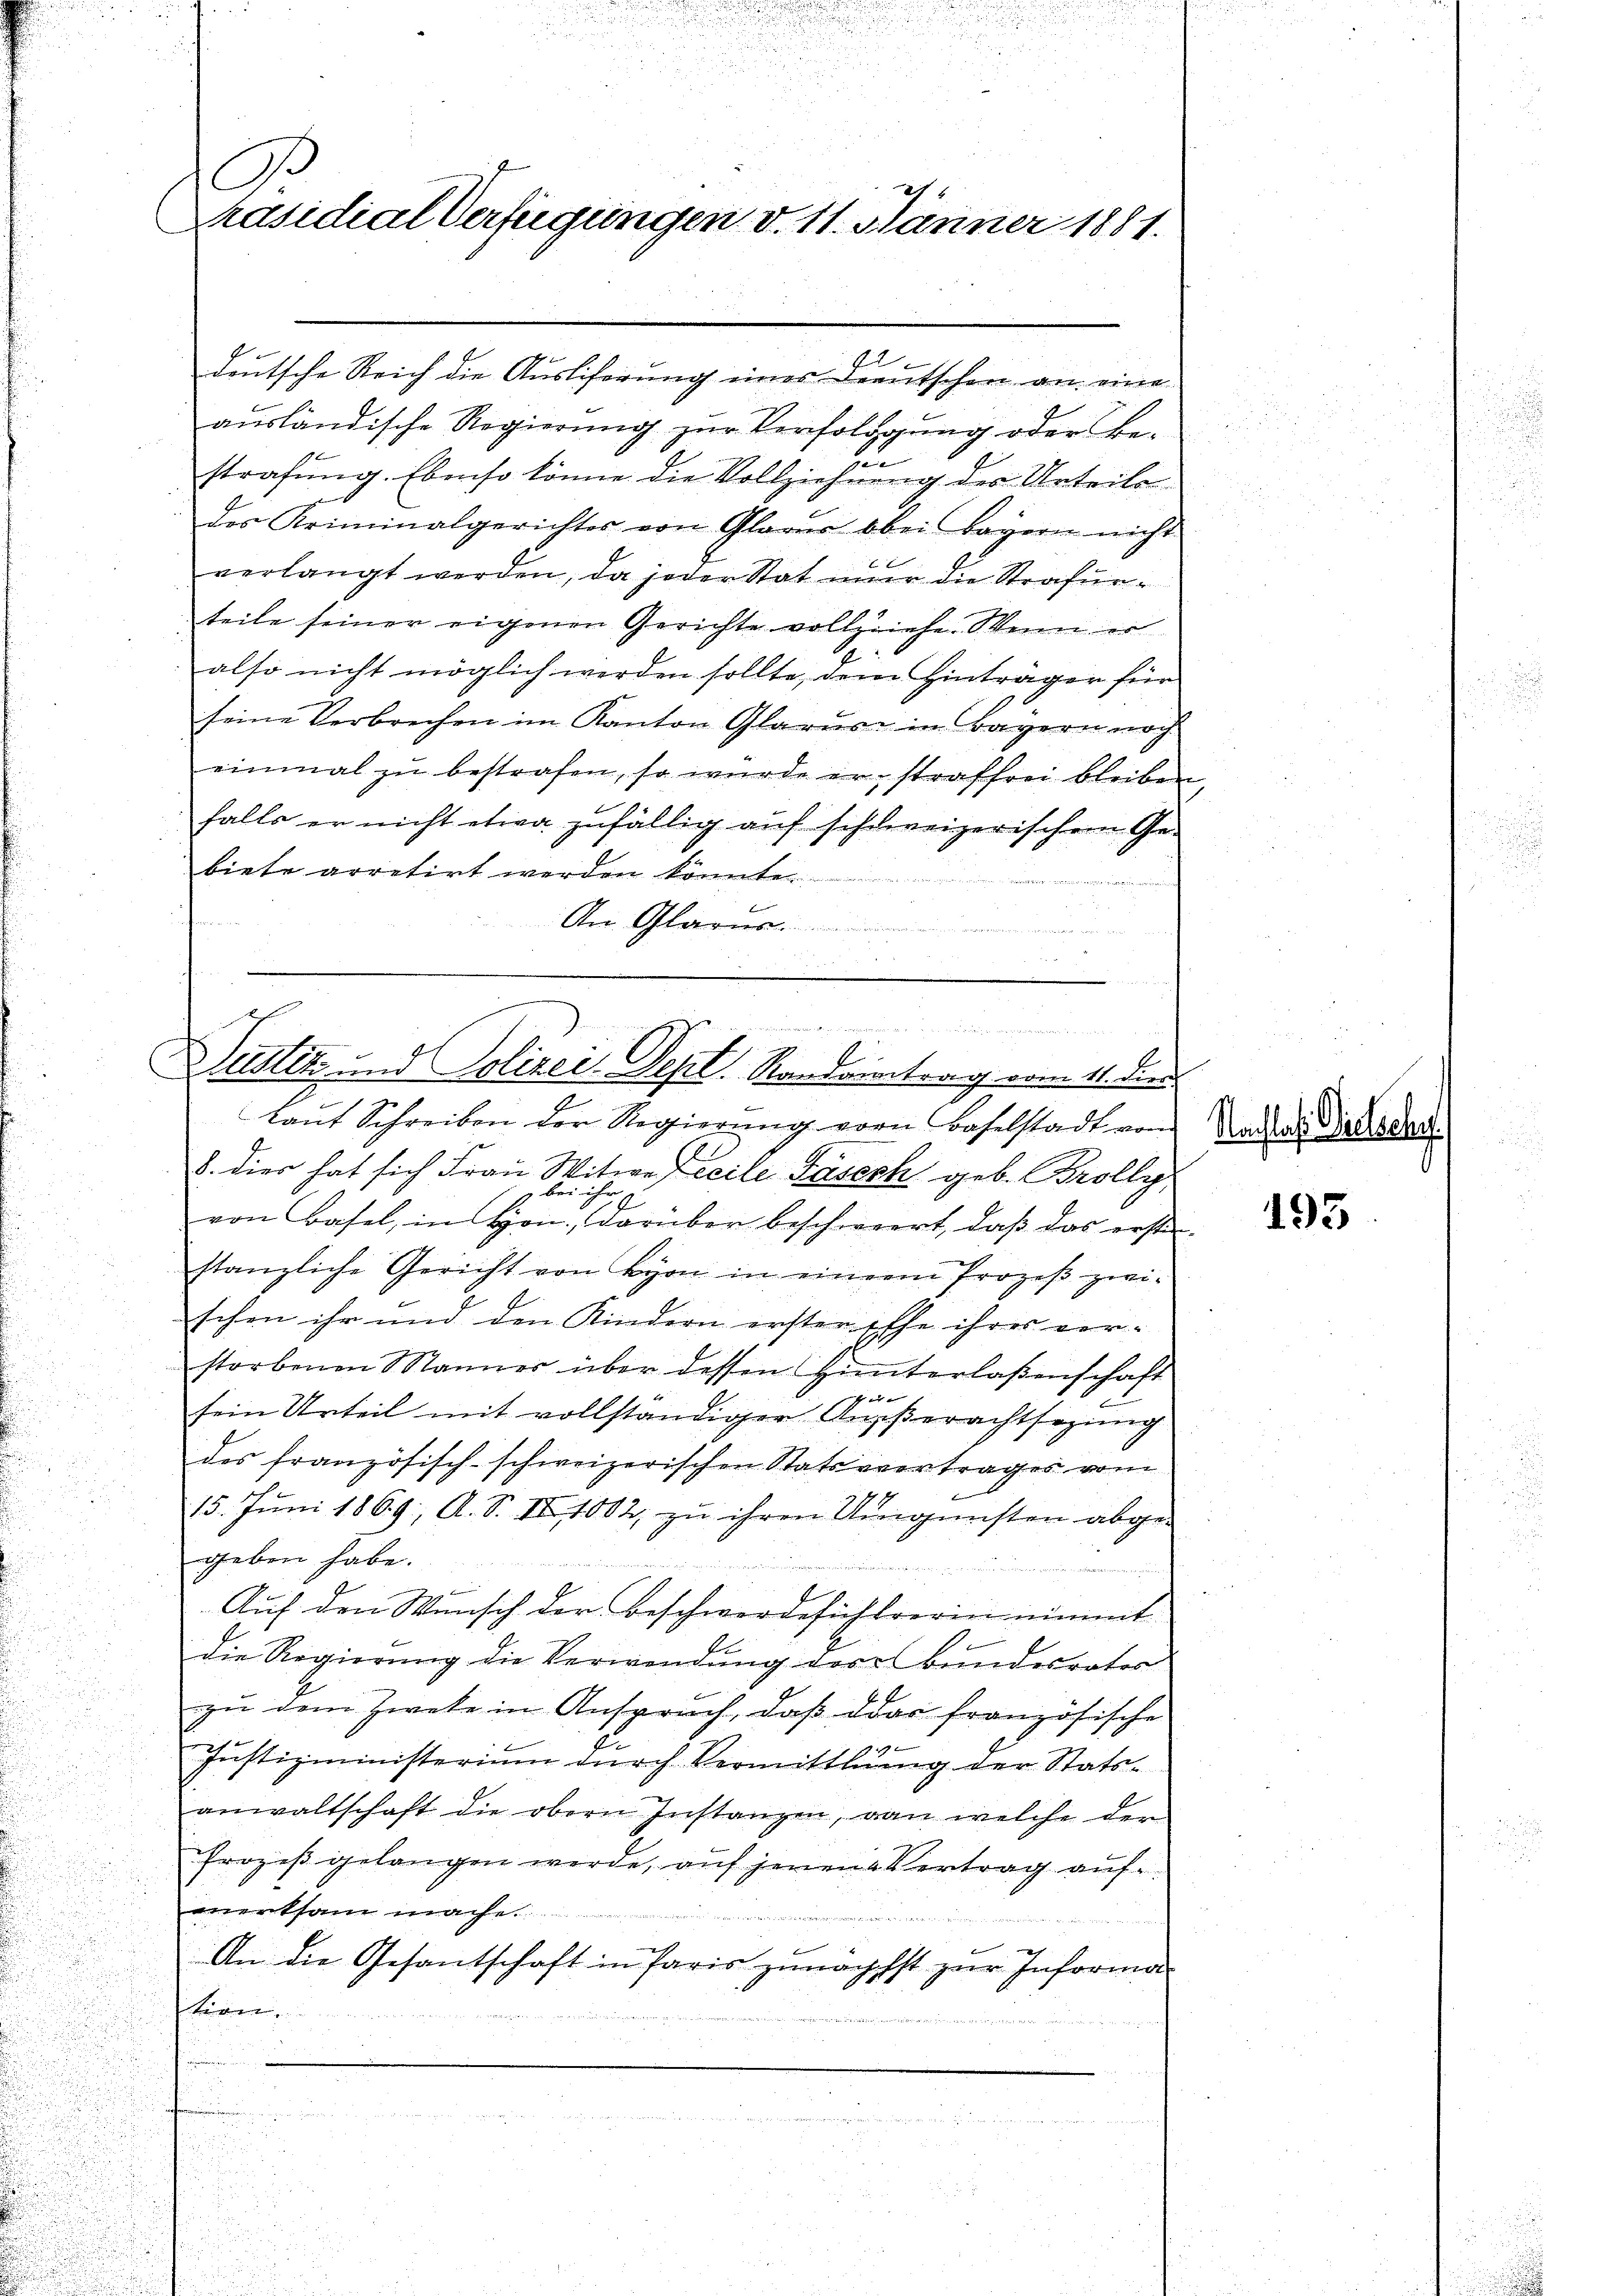
A.
ch.
räsidial Verfügungen d. 11. Jänner 1881.

deutsche Reich die Ausliferung eines Deutschen an eine
aŭsländische Regierŭng zŭr Versolggŭng oder be-
strafung. Ebenso könne die Vollziehung des Urteile
des Kriminalgerichtes von Glarer bbei Bayern nicht
verlangt werden, da jeder Stat mir die Strafurteile seiner eigenen Gerichte vollziehe. Wenn er
also nicht möglich werden sollte, dem Hinträger für
seine Verbrechen im Kanton Glarus in Bayern noch
einmal zu bestrafen, so wurde er straffrei bleiben
falls er nicht etwa zufällig auf schweizerischem Gebiete arretirt werden könnte.
b
An G

E
Duster und Polizei. Sept. Randantrag vom 11. Dien
kant Schreiben der Regierŭng vorn Baselstadt vom

8. dies hat sich Frau Witwe Zeile Fäsech geb. Brolly,
bei ihr
von Basel, in Hon., darüber beschwiert, daß das erster-
stanzliche Gericht von Lyon in einem Prozeß zwi-
schon ihr und den Kindern ersten Effe ihres ver-
storbenen Mannes über dessen Hinterlaßenschaft
sein Urteil mit vollständiger Ausserachtsezung
des französisch-schweizerischen Statsvertrages vom
.
d

15. Juni 1869; A. S. II 1082, zu ihren Ungunsten abge-
geben habe.
er neu erin
s
Auf den Wunsch der Beschwergesichtverin nimmt
l
die Regierung die Verwendung der Bundesrates
zu dem Zweke in Anspruch, daβ der französische
.
1

Justizministerium durch Vermittlung der Stats¬
.
anwaltschaft die obern Instanzen, von welche der
Prozeβ gelangen werde, auf jenen Vertrag aufmerksam mache.
An die Gesantschaft in Paris zunächst zur Informa
siren

.

Nachlaf. Diesel

193